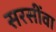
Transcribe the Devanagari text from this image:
सरसींवा